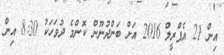
އިން 21 އެޕްރީލް 2016 އަށް ބަންދުނޫން ކޮންމެ ދުވަހަކު 8:30 އިން